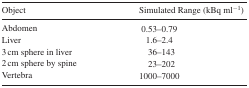
| Object | Simulated Range (kBq ml−1) |
 | --- | --- |
 | Abdomen | 0.53–0.79 |
 | Liver | 1.6–2.4 |
 | 3 cm sphere in liver | 36–143 |
 | 2 cm sphere by spine | 23–202 |
 | Vertebra | 1000–7000 |